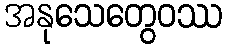
အနုသေတွေဝဿ